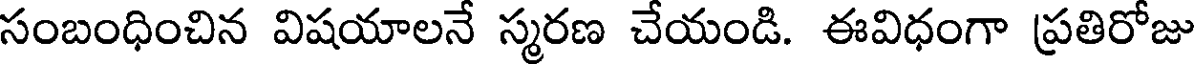
సంబంధించిన విషయాలనే స్మరణ చేయండి. ఈవిధంగా ప్రతిరోజు